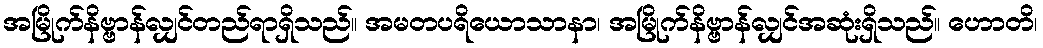
အမြိုက်နိဗ္ဗာန်လျှင်တည်ရာရှိသည်။ အမတပရိယောသာနာ၊ အမြိုက်နိဗ္ဗာန်လျှင်အဆုံးရှိသည်။ ဟောတိ၊